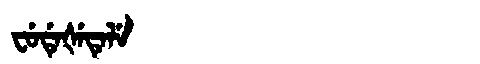
Manchu: ᠸᡠᡩᡝᡧᡝᡨᡝᠯᡝ
Romanization: FUDEŠETELE